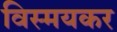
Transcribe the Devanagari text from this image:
विस्मयकर